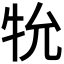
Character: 𭷙